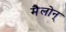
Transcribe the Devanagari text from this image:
मैलोन्